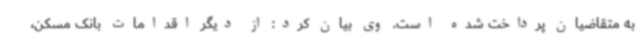
به متقاضیان پرداخت شده‌ است. وی بیان کرد: از دیگر اقدامات بانک مسکن،